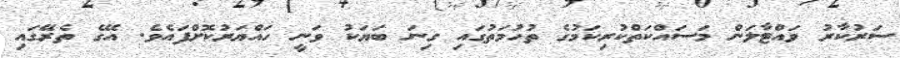
ސަރުކާރު ވައްޓާލަން މަސައްކަތްކުރިކަމުގެ ތުހުމަތުގައި ގިނަ ބަޔަކު ވަނީ ހައްޔަރުކޮށްފައެވެ. އޭގެ ތެރޭގައި